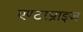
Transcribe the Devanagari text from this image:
एण्टरप्राइज